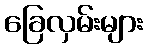
ခြေလှမ်းများ